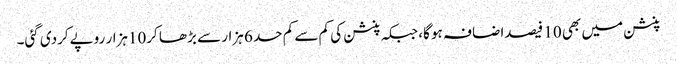
پنشن میں بھی 10 فیصداضافہ ہو گا، جبکہ پنشن کی کم سے کم حد 6 ہزار سے بڑھا کر10ہزار روپےکردی گئی۔